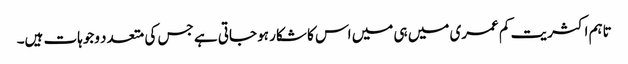
تاہم اکثریت کم عمری میں ہی میں اس کا شکار ہو جاتی ہے جس کی متعدد وجوہات ہیں۔